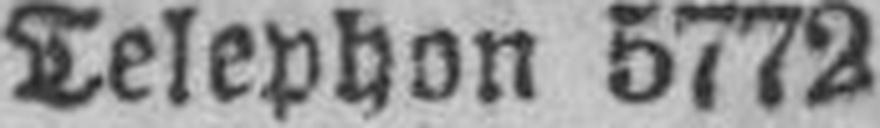
Telephon 5772